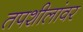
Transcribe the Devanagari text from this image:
तपशीलांवर